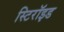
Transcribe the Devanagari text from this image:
स्टिरॉइड